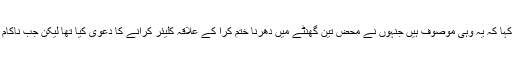
سابق وزیر داخلہ چوہدری نثار نے احسن اقبال کو مخاطب کرتے ہوئے کہا کہ یہ وہی موصوف ہیں جنہوں نے محض تین گھنٹے میں دھرنا ختم کرا کے علاقہ کلیئر کرانے کا دعوی کیا تھا لیکن جب ناکام ہوئے تو آپریشن کا بوجھ عدالت پرڈالنے کی مذموم کوشش کر رہے ہیں۔